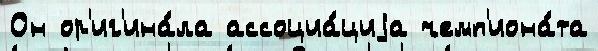
Он ор'иг'ина́ла ассоциа́циjа чемп'иона́та